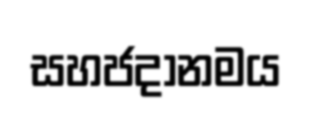
සහජදානමය